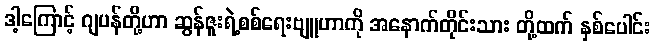
ဒါ့ကြောင့် ဂျပန်တို့ဟာ ဆွန်ဇူးရဲ့စစ်ရေးဗျူဟာကို အနောက်တိုင်းသား တို့ထက် နှစ်ပေါင်း